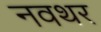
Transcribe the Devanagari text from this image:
नवथर